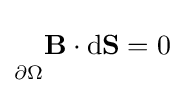
{\vphantom {\oint }}_{\scriptstyle \partial \Omega }\mathbf {B} \cdot \mathrm {d} \mathbf {S} =0